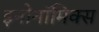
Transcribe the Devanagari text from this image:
इनोनॉमिक्स